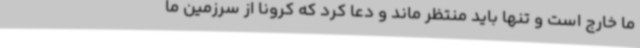
ما خارج است و تنها باید منتظر ماند و دعا کرد که کرونا از سرزمین ما